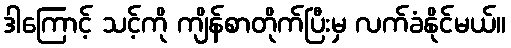
ဒါကြောင့် သင့်ကို ကျိန်စာတိုက်ပြီးမှ လက်ခံနိုင်မယ်။